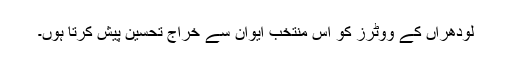
لودھراں کے ووٹرز کو اس منتخب ایوان سے خراج تحسین پیش کرتا ہوں۔